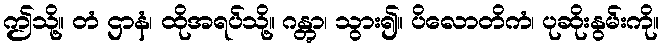
ဤသို့။ တံ ဌာနံ၊ ထိုအရပ်သို့။ ဂန္တွာ၊ သွား၍။ ပိလောတိကံ၊ ပုဆိုးနွမ်းကို။